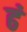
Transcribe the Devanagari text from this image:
ढं